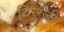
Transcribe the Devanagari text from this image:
चिररजी